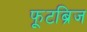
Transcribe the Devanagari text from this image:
फूटब्रिज